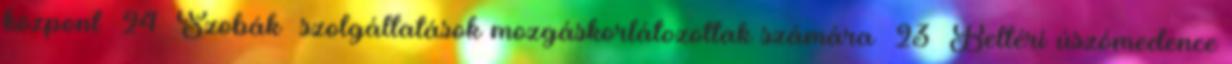
központ 24 Szobák szolgáltatások mozgáskorlátozottak számára 23 Beltéri úszómedence